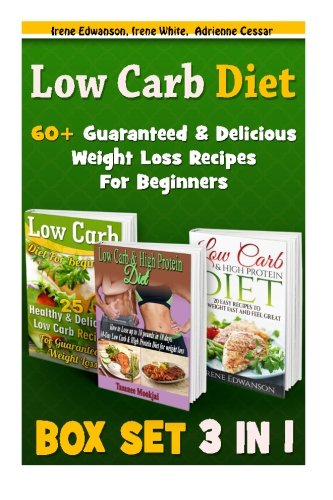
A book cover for Low Carb Diet BOX SET 3 IN 1: 60+ Guaranteed & Delicious Weight Loss Recipes For Beginners: (low carbohydrate, high protein, low carbohydrate foods, ... diet for dummies,  low carb high fat diet,); Irene Edwanson; Cookbooks, Food & Wine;